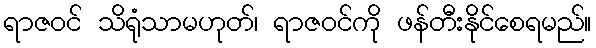
ရာဇဝင် သိရုံသာမဟုတ်၊ ရာဇဝင်ကို ဖန်တီးနိုင်စေရမည်။